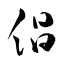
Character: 倡